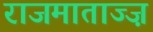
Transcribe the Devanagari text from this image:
राजमाताज्ज़